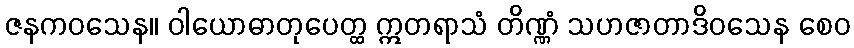
ဇနကဝသေန။ ဝါယောဓာတုပေတ္ထ ဣတရာသံ တိဏ္ဏံ သဟဇာတာဒိဝသေန စေဝ